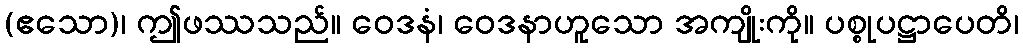
(ဧသော)၊ ဤဖဿသည်။ ဝေဒနံ၊ ဝေဒနာဟူသော အကျိုးကို။ ပစ္စုပဋ္ဌာပေတိ၊